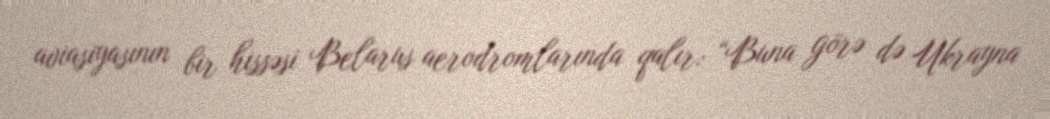
aviasiyasının bir hissəsi Belarus aerodromlarında qalır: “Buna görə də Ukrayna